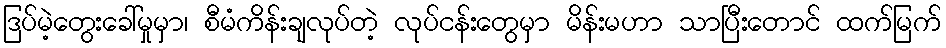
ဒြပ်မဲ့တွေးခေါ်မှုမှာ၊ စီမံကိန်းချလုပ်တဲ့ လုပ်ငန်းတွေမှာ မိန်းမဟာ သာပြီးတောင် ထက်မြက်